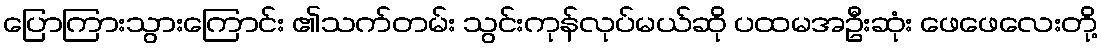
ပြောကြားသွားကြောင်း ၏သက်တမ်း သွင်းကုန်လုပ်မယ်ဆို ပထမအဦးဆုံး ဖေဖေလေးတို့